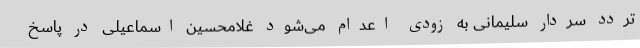
تردد سردار سلیمانی به زودی اعدام می‌شود غلامحسین اسماعیلی در پاسخ